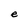
Character: e